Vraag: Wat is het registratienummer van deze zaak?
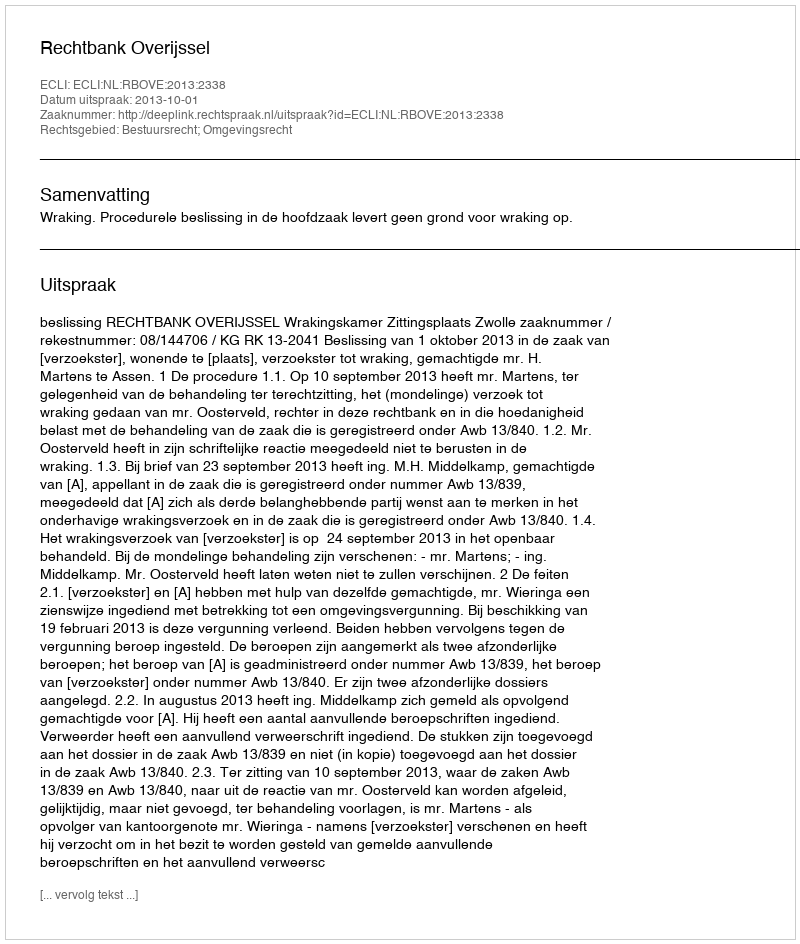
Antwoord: http://deeplink.rechtspraak.nl/uitspraak?id=ECLI:NL:RBOVE:2013:2338